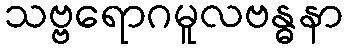
သဗ္ဗရောဂမူလဗန္ဓနာ